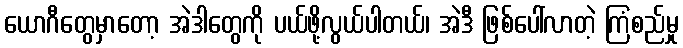
ယောဂီတွေမှာတော့ အဲဒါတွေကို ပယ်ဖို့လွယ်ပါတယ်၊ အဲဒီ ဖြစ်ပေါ်လာတဲ့ ကြံစည်မှု